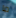
ما